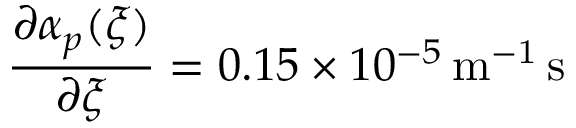
\frac { \partial \alpha _ { p } ( \xi ) } { \partial \xi } = 0 . 1 5 \times 1 0 ^ { - 5 } \mathrm { \, m ^ { - 1 } \, s }